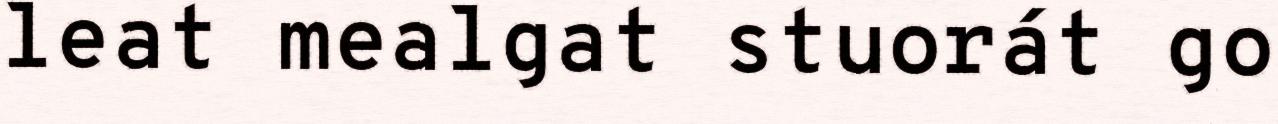
leat mealgat stuorát go